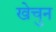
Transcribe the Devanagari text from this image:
खेचुन